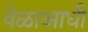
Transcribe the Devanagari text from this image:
वेळाआधी